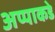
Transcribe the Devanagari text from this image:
अप्पाकडे